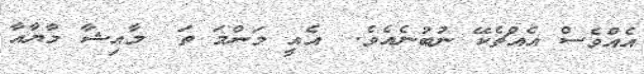
އެއްވެސް އެއްޗެކޭ ނުބުނެއެވެ.  އެއީ މަންމަ ތަ  މާއިޝާ މާޔާއާ